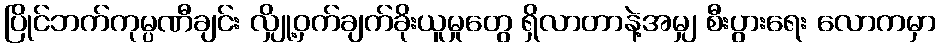
ပြိုင်ဘက်ကုမ္ပဏီချင်း လျှို့ဝှက်ချက်ခိုးယူမှုတွေ ရှိလာတာနဲ့အမျှ စီးပွားရေး လောကမှာ